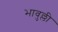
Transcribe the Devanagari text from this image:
भावुल्ली